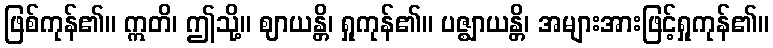
ဖြစ်ကုန်၏။ ဣတိ၊ ဤသို့။ ဈာယန္တိ၊ ရှုကုန်၏။ ပဇ္ဈာယန္တိ၊ အများအားဖြင့်ရှုကုန်၏။